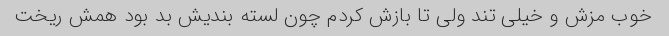
خوب مزش و خیلی تند ولی تا بازش کردم چون لسته بندیش بد بود همش ریخت